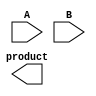
module HigherRadixWallaceTreeMultiplier #(parameter n = 8) (
    input [n-1:0] A,
    input [n-1:0] B,
    output reg [2*n-1:0] product
);
    // Intermediate wires for partial products
    wire [2*n-1:0] pp [0:n/3-1]; // Partial products
    wire [2*n-1:0] sum1, sum2, sum3; // Sums for Wallace tree

    // Generate Partial Products (AND gates)
    genvar i;
    generate
        for (i = 0; i < n; i = i + 3) begin: partial_product_gen
            assign pp[i/3] = (B[i +: 3] & {3{A}}) << i; // Generate partial product
        end
    endgenerate

    // First stage of Wallace Tree - Sum partial products
    wire [2*n-1:0] stage1 [0:n/3-1]; // Stage 1 results
    assign stage1[0] = pp[0] + pp[1] + pp[2]; // Example for 3 partial products
    assign stage1[1] = pp[3] + pp[4] + pp[5]; // Continue for remaining groups...

    // Further reduction and final addition
    wire [2*n-1:0] stage2; // Final stage after reduction
    assign stage2 = stage1[0] + stage1[1]; // Combine results from the first stage

    // Final product assignment
    always @(*) begin
        product = stage2; // Output the final product
    end

endmodule